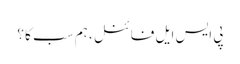
پی ایس ایل فائنل ، ہم سب کا ؟